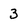
Character: 3